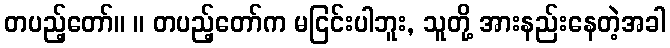
တပည့်တော်။ ။ တပည့်တော်က မငြင်းပါဘူး, သူတို့ အားနည်းနေတဲ့အခါ